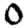
Digit: 0